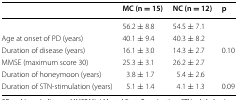
<table><thead><tr><td>[EMPTY_CELL]</td><td><b>MC (n = 15)</b></td><td><b>NC (n = 12)</b></td><td><b>p</b></td></tr></thead><tbody><tr><td>[EMPTY_CELL]</td><td>56.2 ± 8.8</td><td>54.5 ± 7.1</td><td>[EMPTY_CELL]</td></tr><tr><td>Age at onset of PD (years)</td><td>40.1 ± 9.4</td><td>40.3 ± 8.2</td><td>[EMPTY_CELL]</td></tr><tr><td>Duration of disease (years)</td><td>16.1 ± 3.0</td><td>14.3 ± 2.7</td><td>0.10</td></tr><tr><td>MMSE (maximum score 30)</td><td>25.3 ± 3.1</td><td>26.2 ± 2.7</td><td>[EMPTY_CELL]</td></tr><tr><td>Duration of honeymoon (years)</td><td>3.8 ± 1.7</td><td>5.4 ± 2.6</td><td>[EMPTY_CELL]</td></tr><tr><td>Duration of STN-stimulation (years)</td><td>5.1 ± 1.4</td><td>4.1 ± 1.3</td><td>0.09</td></tr></tbody></table>